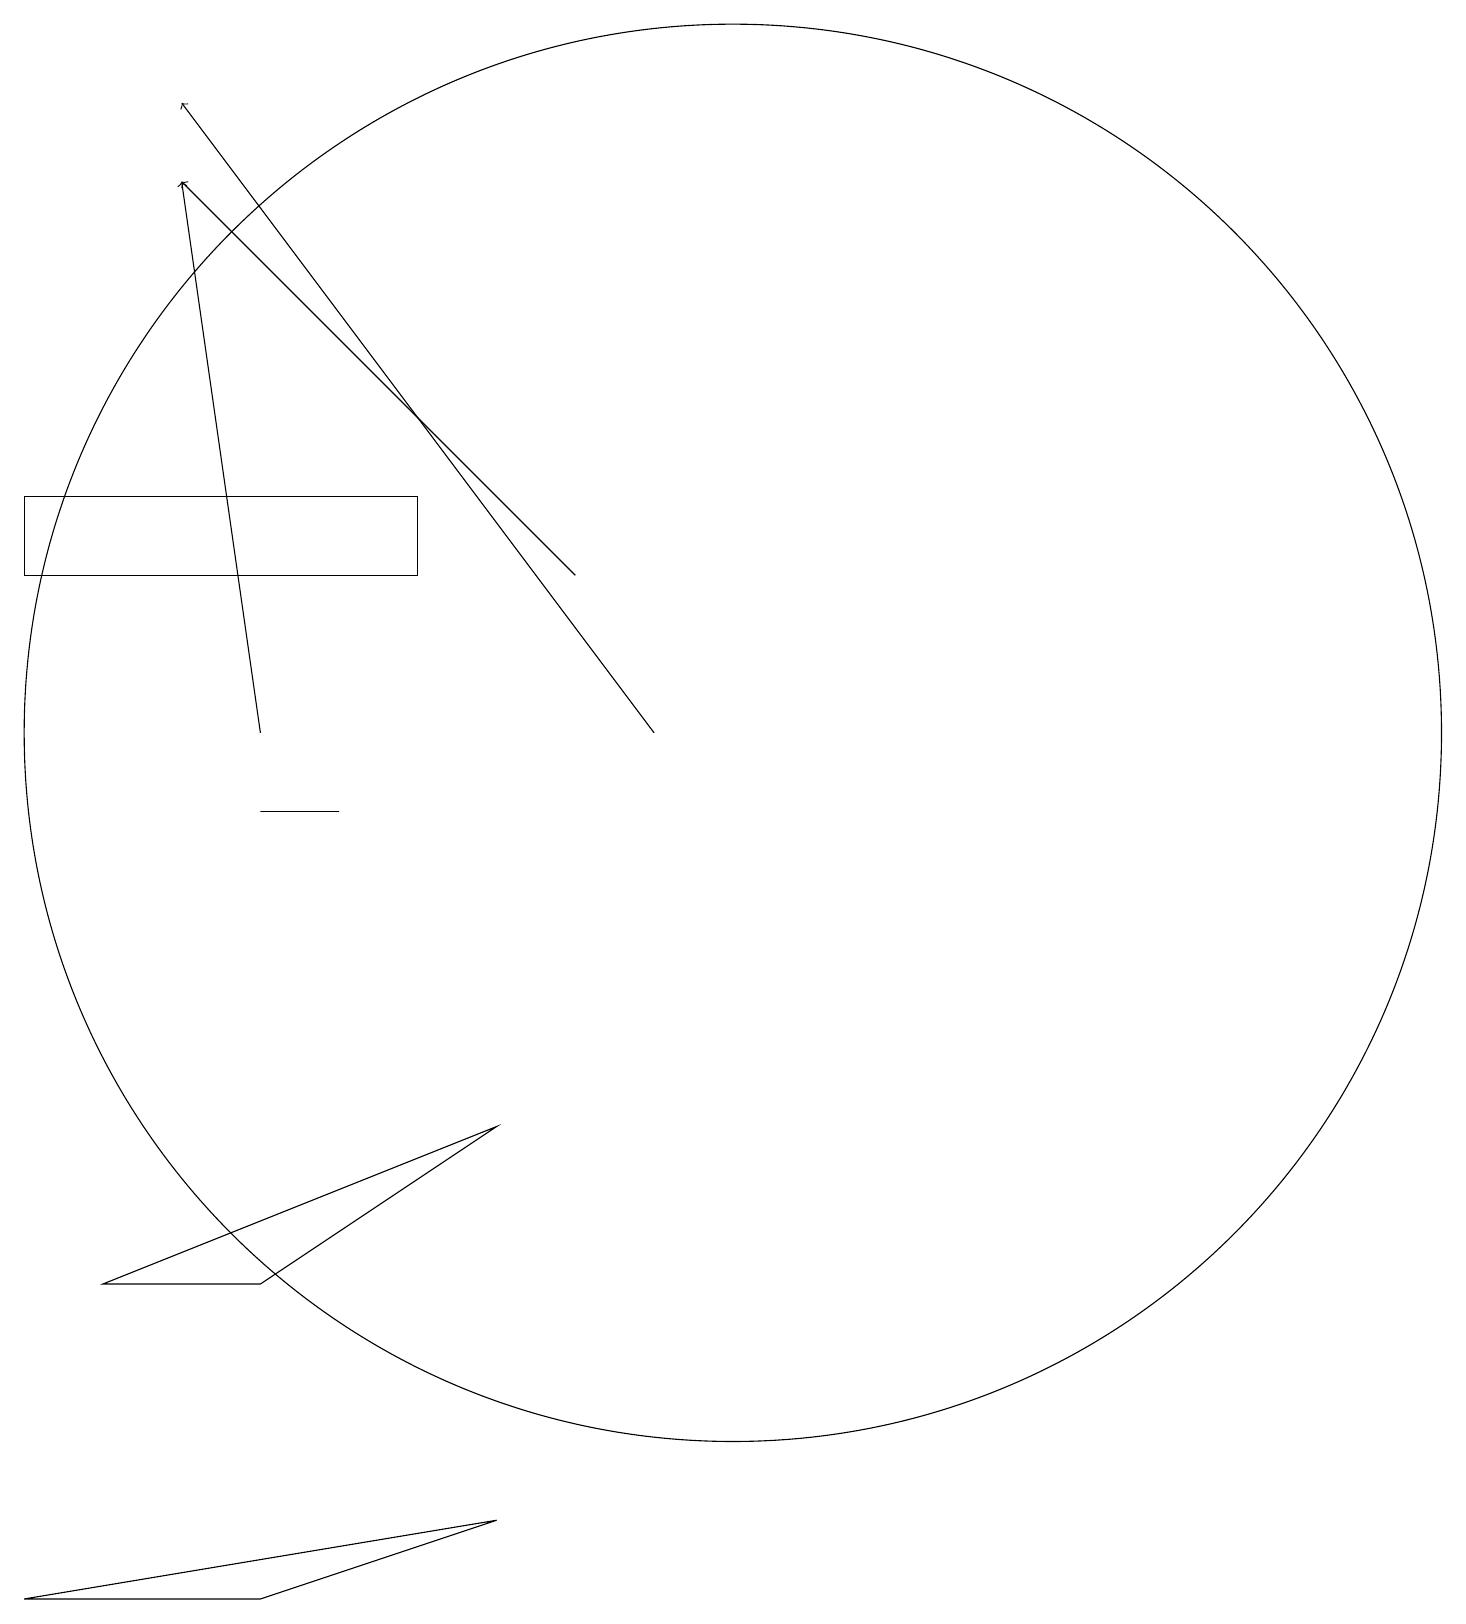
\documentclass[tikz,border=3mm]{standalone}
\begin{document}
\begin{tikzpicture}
\draw (10,11) circle (9);
\draw (7,1) -- (1,0) -- (4,0) -- cycle;
\draw[->] (8,13) -- (3,18);
\draw (6,13) rectangle (1,14);
\draw (4,4) -- (7,6) -- (2,4) -- cycle;
\draw (5,10) rectangle (4,10);
\draw[->] (9,11) -- (3,19);
\draw[->] (4,11) -- (3,18);
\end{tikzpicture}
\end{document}